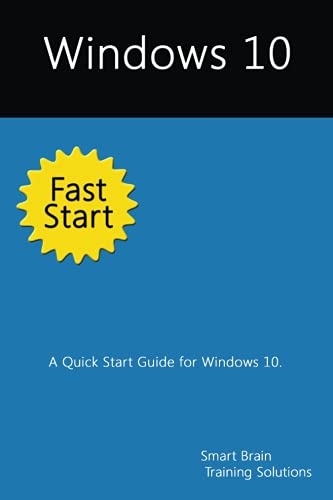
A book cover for Windows 10 Fast Start: A Quick Start Guide for Windows 10; Smart Brain Training Solutions; Computers & Technology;